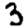
Digit: 3